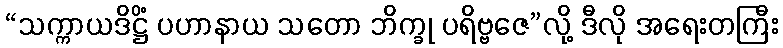
“သက္ကာယဒိဋ္ဌိံ ပဟာနာယ သတော ဘိက္ခု ပရိဗ္ဗဇေ”လို့ ဒီလို အရေးတကြီး